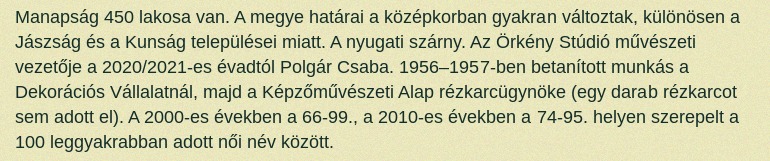
Manapság 450 lakosa van. A megye határai a középkorban gyakran változtak, különösen a Jászság és a Kunság települései miatt. A nyugati szárny. Az Örkény Stúdió művészeti vezetője a 2020/2021-es évadtól Polgár Csaba. 1956–1957-ben betanított munkás a Dekorációs Vállalatnál, majd a Képzőművészeti Alap rézkarcügynöke (egy darab rézkarcot sem adott el). A 2000-es években a 66-99., a 2010-es években a 74-95. helyen szerepelt a 100 leggyakrabban adott női név között.